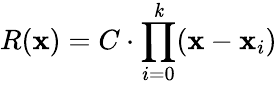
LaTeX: R(\mathbf{x})=C\cdot\prod_{i=0}^{\mathit{k}}(\mathbf{x}-\mathbf{x}_{i})